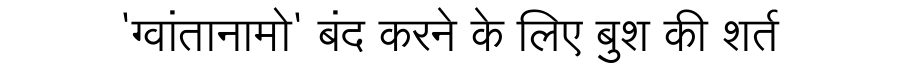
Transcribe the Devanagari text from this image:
'ग्वांतानामो' बंद करने के लिए बुश की शर्त